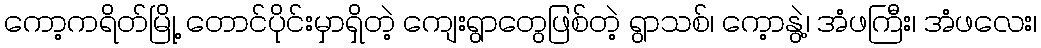
ကော့ကရိတ်မြို့ တောင်ပိုင်းမှာရှိတဲ့ ကျေးရွာတွေဖြစ်တဲ့ ရွာသစ်၊ ကေ့ာနွဲ့၊ အံဖကြီး၊ အံဖလေး၊